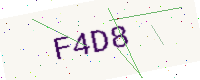
Text: F4D8